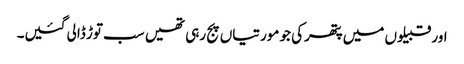
اور قبیلوں میں پتھرکی جو مورتیاں پج رہی تھیں سب توڑ ڈالی گئیں۔